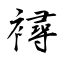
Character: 襑